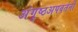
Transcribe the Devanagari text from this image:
अंगुष्ठअपवर्तनी